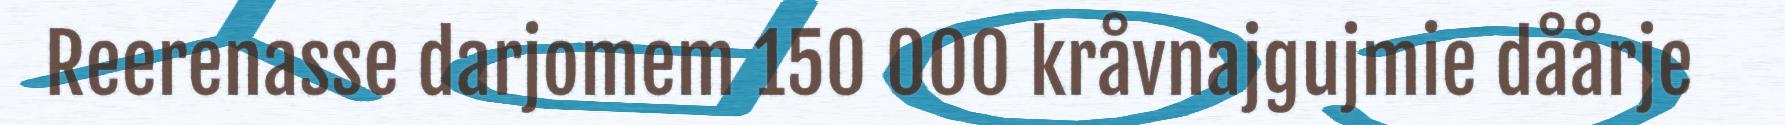
Reerenasse darjomem 150 000 kråvnajgujmie dåårje